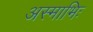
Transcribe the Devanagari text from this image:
अस्माभिः